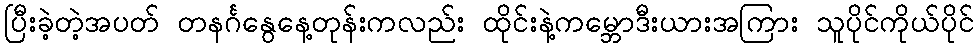
ပြီးခဲ့တဲ့အပတ် တနင်္ဂနွေနေ့တုန်းကလည်း ထိုင်းနဲ့ကမ္ဘောဒီးယားအကြား သူပိုင်ကိုယ်ပိုင်